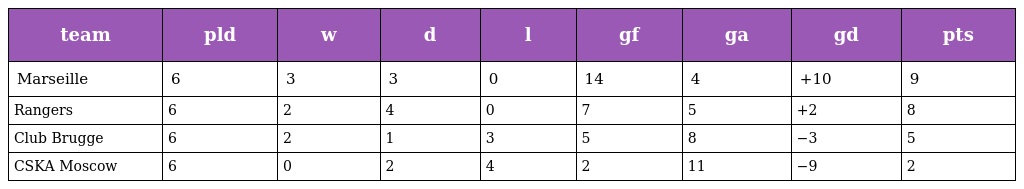
| team | pld | w | d | l | gf | ga | gd | pts |
 | --- | --- | --- | --- | --- | --- | --- | --- | --- |
 | Marseille | 6 | 3 | 3 | 0 | 14 | 4 | +10 | 9 |
 | Rangers | 6 | 2 | 4 | 0 | 7 | 5 | +2 | 8 |
 | Club Brugge | 6 | 2 | 1 | 3 | 5 | 8 | −3 | 5 |
 | CSKA Moscow | 6 | 0 | 2 | 4 | 2 | 11 | −9 | 2 |